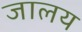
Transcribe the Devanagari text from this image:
जालय